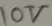
Text: 10V